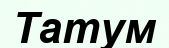
Татум